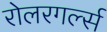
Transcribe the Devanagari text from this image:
रोलरगर्ल्स